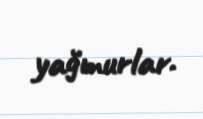
yağmurlar.